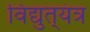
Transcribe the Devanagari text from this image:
विद्युत्‌यंत्र